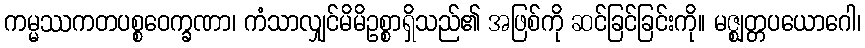
ကမ္မဿကတပစ္စဝေက္ခဏာ၊ ကံသာလျှင်မိမိဥစ္စာရှိသည်၏ အဖြစ်ကို ဆင်ခြင်ခြင်းကို။ မဇ္ဈတ္တပယောဂေါ၊